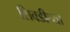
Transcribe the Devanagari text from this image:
शिवडीच्या